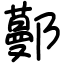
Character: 𨞼